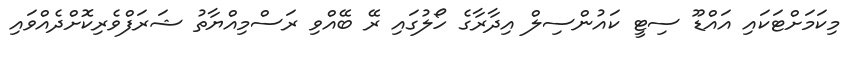
މިކަމަށްޓަކައި އައްޑޫ ސިޓީ ކައުންސިލް އިދާރާގެ ހޯލުގައި ރޭ ބޭއްވި ރަސްމިއްޔާތު ޝަރަފްވެރިކޮށްދެއްވައި